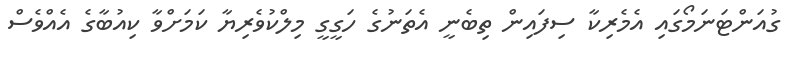
ގުއަންޓަނަމޯގައި އެމެރިކާ ސިފައިން ތިބެނީ އެތަނުގެ ހަގީގީ މިލްކުވެރިޔާ ކަމަށްވާ ކިއުބާގެ އެއްވެސް